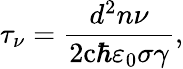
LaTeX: \tau_{\nu}={\frac{d^{2}n\nu}{2\mathrm{c}\hbar\varepsilon_{0}\sigma\gamma}},